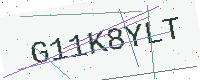
Text: G11K8YLT